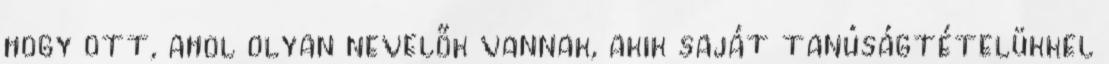
hogy ott, ahol olyan nevelők vannak, akik saját tanúságtételükkel